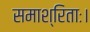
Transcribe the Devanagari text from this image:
समाश्रिताः।